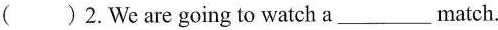
()2.We are going to watch a___match.